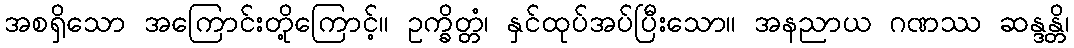
အစရှိသော အကြောင်းတို့ကြောင့်။ ဥက္ခိတ္တံ၊ နှင်ထုပ်အပ်ပြီးသော။ အနညာယ ဂဏဿ ဆန္ဒန္တိ၊